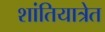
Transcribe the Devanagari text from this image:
शांतियात्रेत